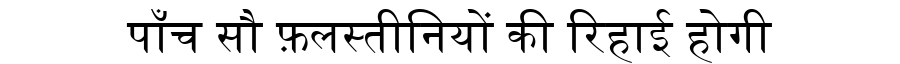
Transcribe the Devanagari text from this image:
पाँच सौ फ़लस्तीनियों की रिहाई होगी